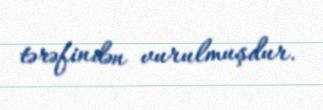
tərəfindən vurulmuşdur.